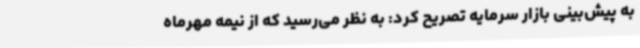
به پیش‌بینی بازار سرمایه تصریح‌ کرد: به‌ نظر می‌رسید که از نیمه مهرماه